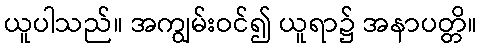
ယူပါသည်။ အကျွမ်းဝင်၍ ယူရာ၌ အနာပတ္တိ။